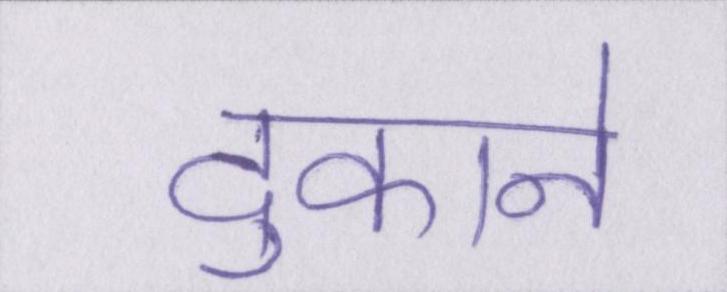
दुकाने